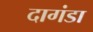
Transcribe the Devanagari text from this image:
दागंडा